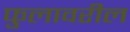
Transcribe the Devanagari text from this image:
फुलावरील